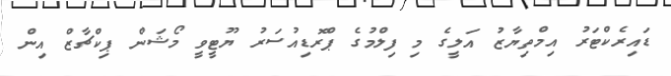
ޑައިރެކްޓަރު އިމްތިޔާޒު އަލީގެ މި ފިލްމުގެ ޕްރޮޑިއުސަރު ޔޫޓީވީ މޯޝަން ޕިކްޗާޒް އިން